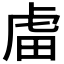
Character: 𧆨